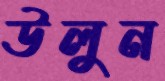
উলুন